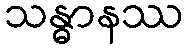
သန္ဓာနဿ